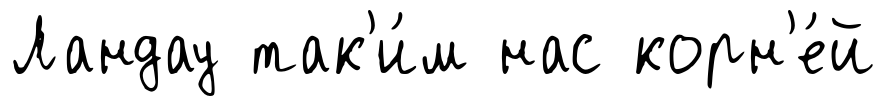
Ландау так'и́м нас корн'е́й